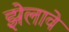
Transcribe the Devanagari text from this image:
झेलावे